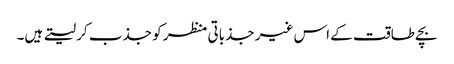
بچے طاقت کے اس غیر جذباتی منظر کو جذب کر لیتے ہیں۔